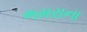
ભમરાના